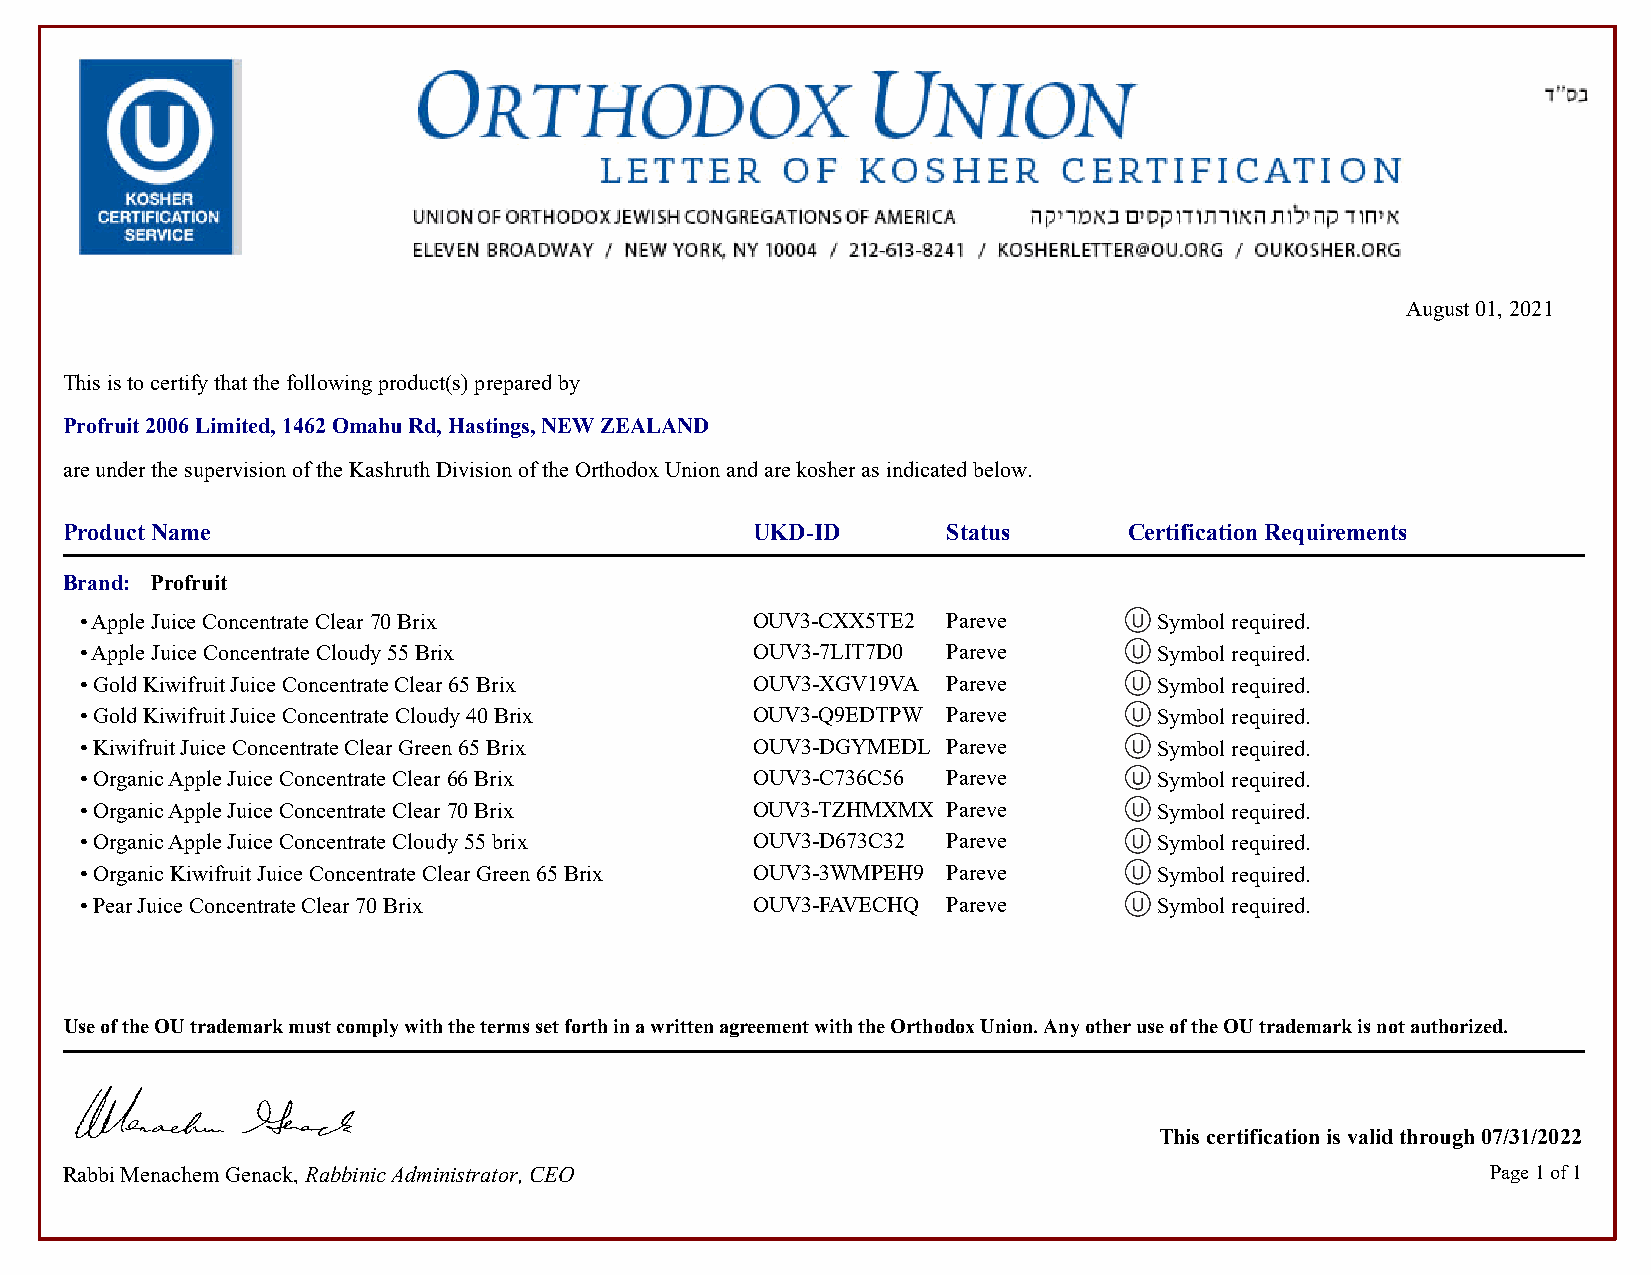
August 01, 2021
 This is to certify that the following product(s) prepared by
 Profruit 2006 Limited, 1462 Omahu Rd, Hastings, NEW ZEALAND
 are under the supervision of the Kashruth Division of the Orthodox Union and are kosher as indicated below.
 Product Name                                  UKD-ID       Status      Certification Requirements
 Brand: Profruit
 • Apple Juice Concentrate Clear 70 Brix      OUV3-CXX5TE2 Pareve        Symbol required.
 • Apple Juice Concentrate Cloudy 55 Brix     OUV3-7LIT7D0 Pareve        Symbol required.            Symbol required.
 • Gold Kiwifruit Juice Concentrate Clear 65 Brix OUV3-XGV19VA Pareve    Symbol required.            Symbol required.
 • Gold Kiwifruit Juice Concentrate Cloudy 40 Brix OUV3-Q9EDTPW Pareve   Symbol required.            Symbol required.
 • Kiwifruit Juice Concentrate Clear Green 65 Brix OUV3-DGYMEDL Pareve   Symbol required.            Symbol required.
 • Organic Apple Juice Concentrate Clear 66 Brix OUV3-C736C56 Pareve     Symbol required.            Symbol required.
 • Organic Apple Juice Concentrate Clear 70 Brix OUV3-TZHMXMX Pareve     Symbol required.            Symbol required.
 • Organic Apple Juice Concentrate Cloudy 55 brix OUV3-D673C32 Pareve    Symbol required.            Symbol required.
 • Organic Kiwifruit Juice Concentrate Clear Green 65 Brix OUV3-3WMPEH9 Pareve Symbol required.      Symbol required.
 • Pear Juice Concentrate Clear 70 Brix       OUV3-FAVECHQ Pareve        Symbol required.            Symbol required.
 Use of the OU trademark must comply with the terms set forth in a written agreement with the Orthodox Union. Any other use of the OU trademark is not authorized.
 This certification is valid through 07/31/2022
 Rabbi Menachem Genack, Rabbinic Administrator, CEO                                             Page 1 of 1